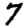
Digit: 7